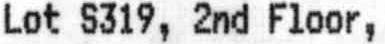
LOT S319, 2ND FLOOR,